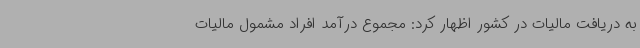
به دریافت مالیات در کشور اظهار کرد: مجموع درآمد افراد مشمول مالیات